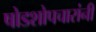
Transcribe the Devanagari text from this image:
षोडशोपचारांनी